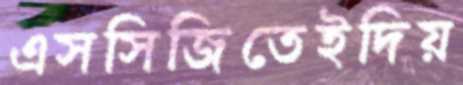
এসসিজিতেইদিয়